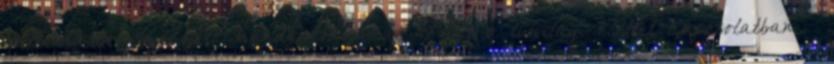
hallomásból szerzett mendemondákat közölt a túlvilági élettel kapcsolatban –